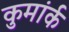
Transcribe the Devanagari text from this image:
कुमांर्क